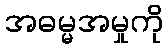
အဓမ္မအမှုကို